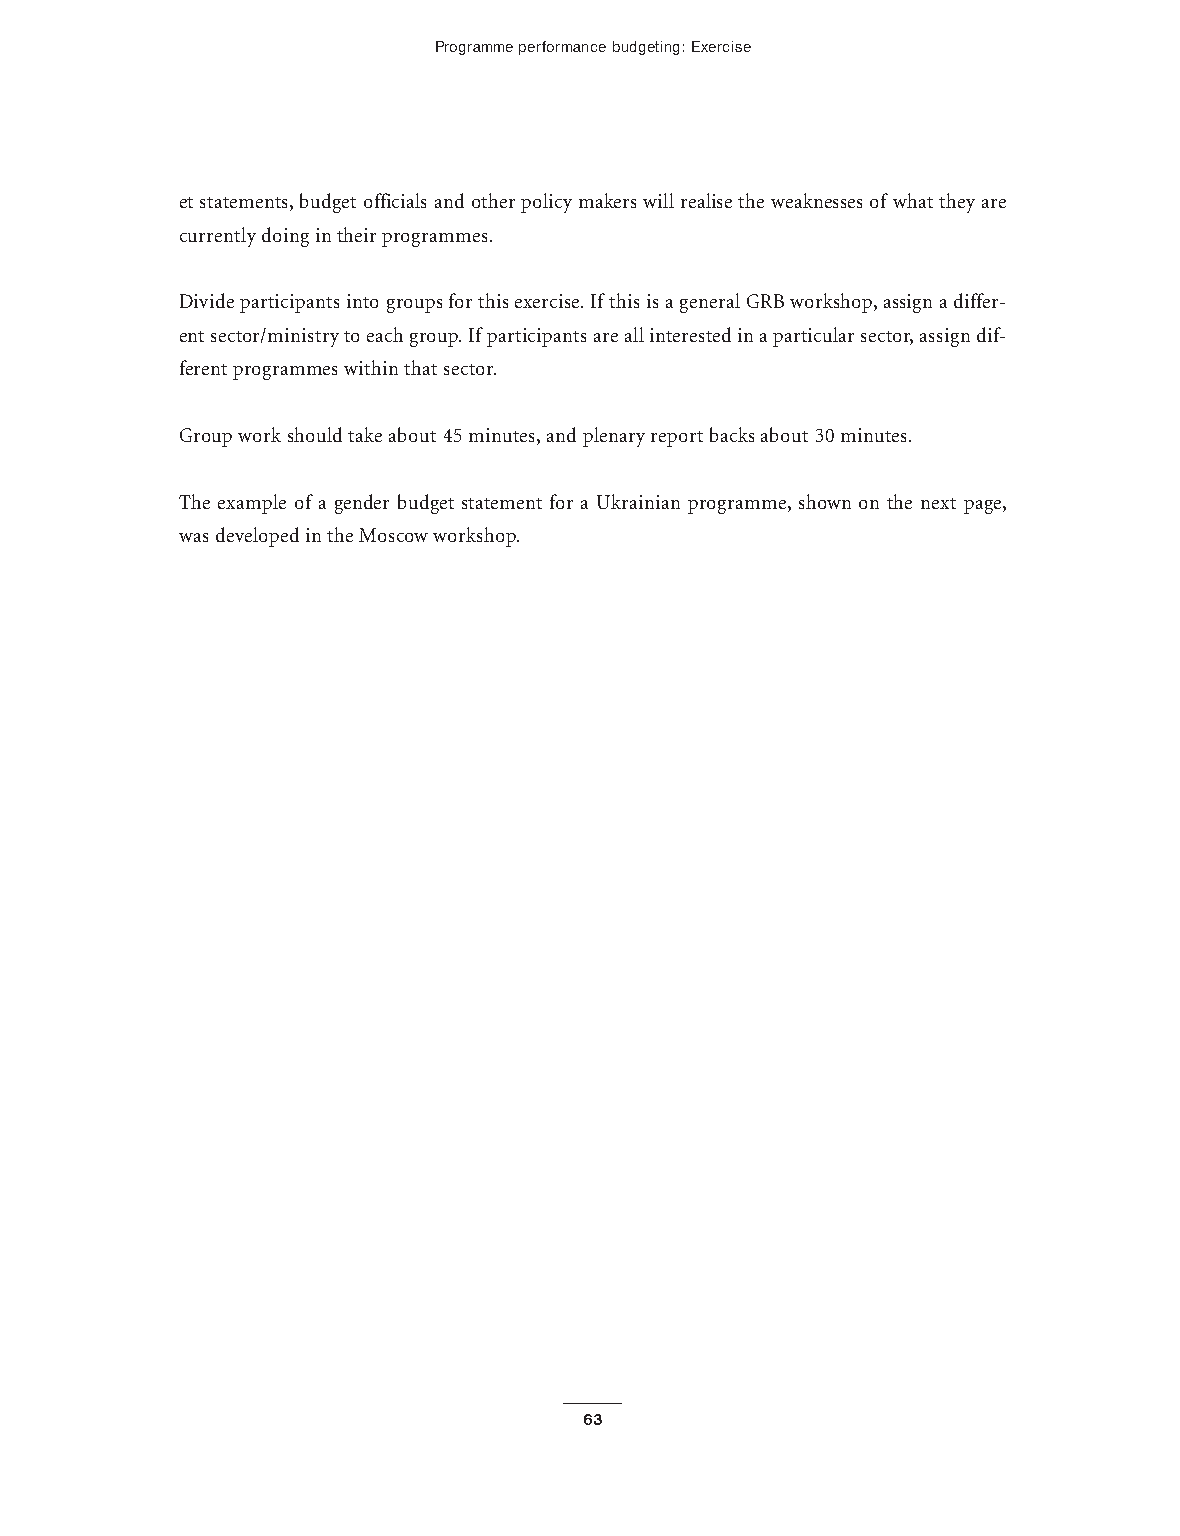
Programme performance budgeting: Exercise
 et statements,budget officials and other policy makers will realise the weaknesses of what they are
 currently doing in their programmes.
 Divide participants into groups for this exercise.If this is a general GRB workshop,assign a differ-
 ent sector/ministry to each group.If participants are all interested in a particular sector,assign dif-
 ferent programmes within that sector.
 Group work should take about 45 minutes,and plenary report backs about 30 minutes.
 The example of a gender budget statement for a Ukrainian programme, shown on the next page,
 was developed in the Moscow workshop.
 63